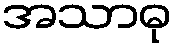
အသာဓု